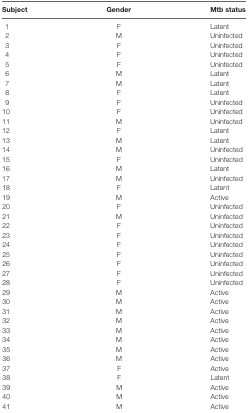
| Subject | Gender | Mtb status |
 | --- | --- | --- |
 | 1 | F | Latent |
 | 2 | M | Uninfected |
 | 3 | F | Uninfected |
 | 4 | F | Uninfected |
 | 5 | F | Uninfected |
 | 6 | M | Latent |
 | 7 | M | Latent |
 | 8 | F | Latent |
 | 9 | F | Uninfected |
 | 10 | F | Uninfected |
 | 11 | M | Uninfected |
 | 12 | F | Latent |
 | 13 | M | Latent |
 | 14 | M | Uninfected |
 | 15 | F | Uninfected |
 | 16 | M | Latent |
 | 17 | M | Uninfected |
 | 18 | F | Latent |
 | 19 | M | Active |
 | 20 | F | Uninfected |
 | 21 | M | Uninfected |
 | 22 | F | Uninfected |
 | 23 | F | Uninfected |
 | 24 | F | Uninfected |
 | 25 | F | Uninfected |
 | 26 | F | Uninfected |
 | 27 | F | Uninfected |
 | 28 | F | Uninfected |
 | 29 | M | Active |
 | 30 | M | Active |
 | 31 | M | Active |
 | 32 | M | Active |
 | 33 | M | Active |
 | 34 | M | Active |
 | 35 | M | Active |
 | 36 | M | Active |
 | 37 | F | Active |
 | 38 | F | Latent |
 | 39 | M | Active |
 | 40 | M | Active |
 | 41 | M | Active |